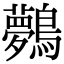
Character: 𪇓